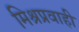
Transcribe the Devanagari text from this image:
मिश्रप्रवाही